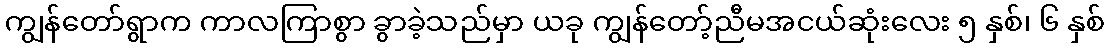
ကျွန်တော်ရွာက ကာလကြာစွာ ခွာခဲ့သည်မှာ ယခု ကျွန်တော့်ညီမအငယ်ဆုံးလေး ၅ နှစ်၊ ၆ နှစ်